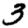
Digit: 3